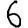
Digit: 6